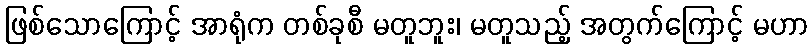
ဖြစ်သောကြောင့် အာရုံက တစ်ခုစီ မတူဘူး၊ မတူသည့် အတွက်ကြောင့် မဟာ